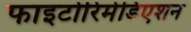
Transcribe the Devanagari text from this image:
फाइटोरिमेडिएशन